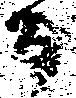
而